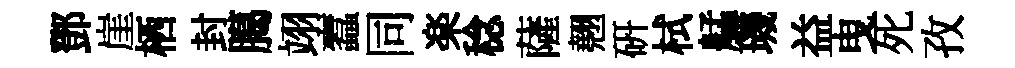
鄧崖栖封臈翊蠧同楽稔薩翹研栻艋璣益曳死孜